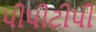
પીપીટીપી